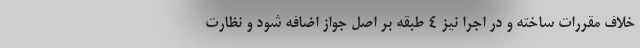
خلاف مقررات ساخته و در اجرا نیز ۴ طبقه بر اصل جواز اضافه شود و نظارت